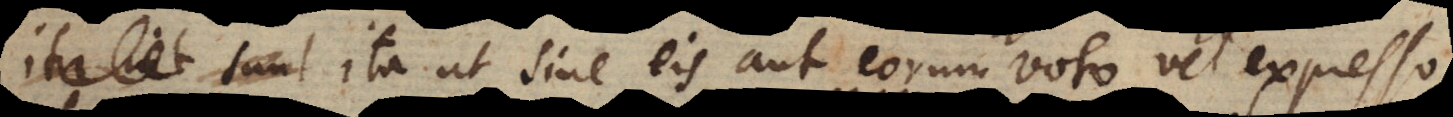
t, ita ut sine eis aut eorum voto vel expresso